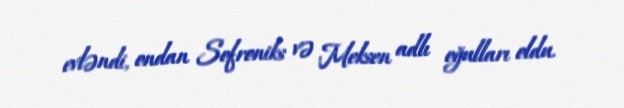
evləndi, ondan Sofroniks və Meksen adlı oğulları oldu.